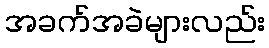
အခက်အခဲများလည်း